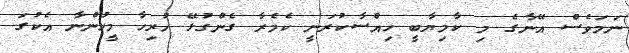
ނަމަވެސް އޭނާގެ މި ކާމިޔާބީ ހިއްސާކުރަނީ ކެމެރާ ގެންގުޅޭ ހުރިހާ މީހުންނާ އެކުގަ